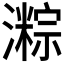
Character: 𪷯